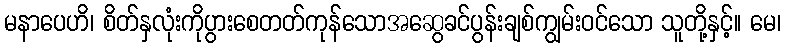
မနာပေဟိ၊ စိတ်နှလုံးကိုပွားစေတတ်ကုန်သောအဆွေခင်ပွန်းချစ်ကျွမ်းဝင်သော သူတို့နှင့်။ မေ၊